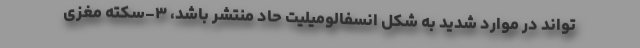
‌تواند در موارد شدید به شکل انسفالومیلیت حاد منتشر باشد، ۳-سکته مغزی